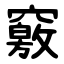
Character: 竅